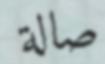
صالة